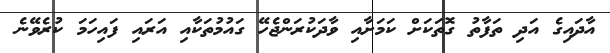
އާދައިގެ އަދި ތަފާތު ގޮތަކަށް ކަމަށާއި ވާދަކުރަންޖެހޭ ގައުމުތަކާއި އަރައި ފައިހަމަ ކުރެވޭނެ